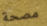
مصحة